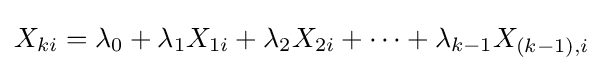
X_{ki}=\lambda _{0}+\lambda _{1}X_{1i}+\lambda _{2}X_{2i}+\dots +\lambda _{k-1}X_{(k-1),i}